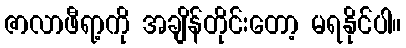
ဇာလာဖီရာ့ကို အချိန်တိုင်းတော့ မရနိုင်ပါ။